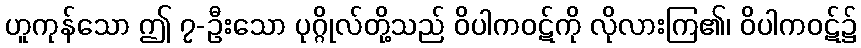
ဟူကုန်သော ဤ ၇-ဦးသော ပုဂ္ဂိုလ်တို့သည် ဝိပါကဝဋ်ကို လိုလားကြ၏၊ ဝိပါကဝဋ်၌